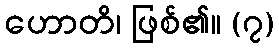
ဟောတိ၊ ဖြစ်၏။ (၇)